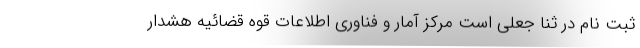
ثبت نام در ثنا جعلی است مرکز آمار و فناوری اطلاعات قوه قضائیه هشدار